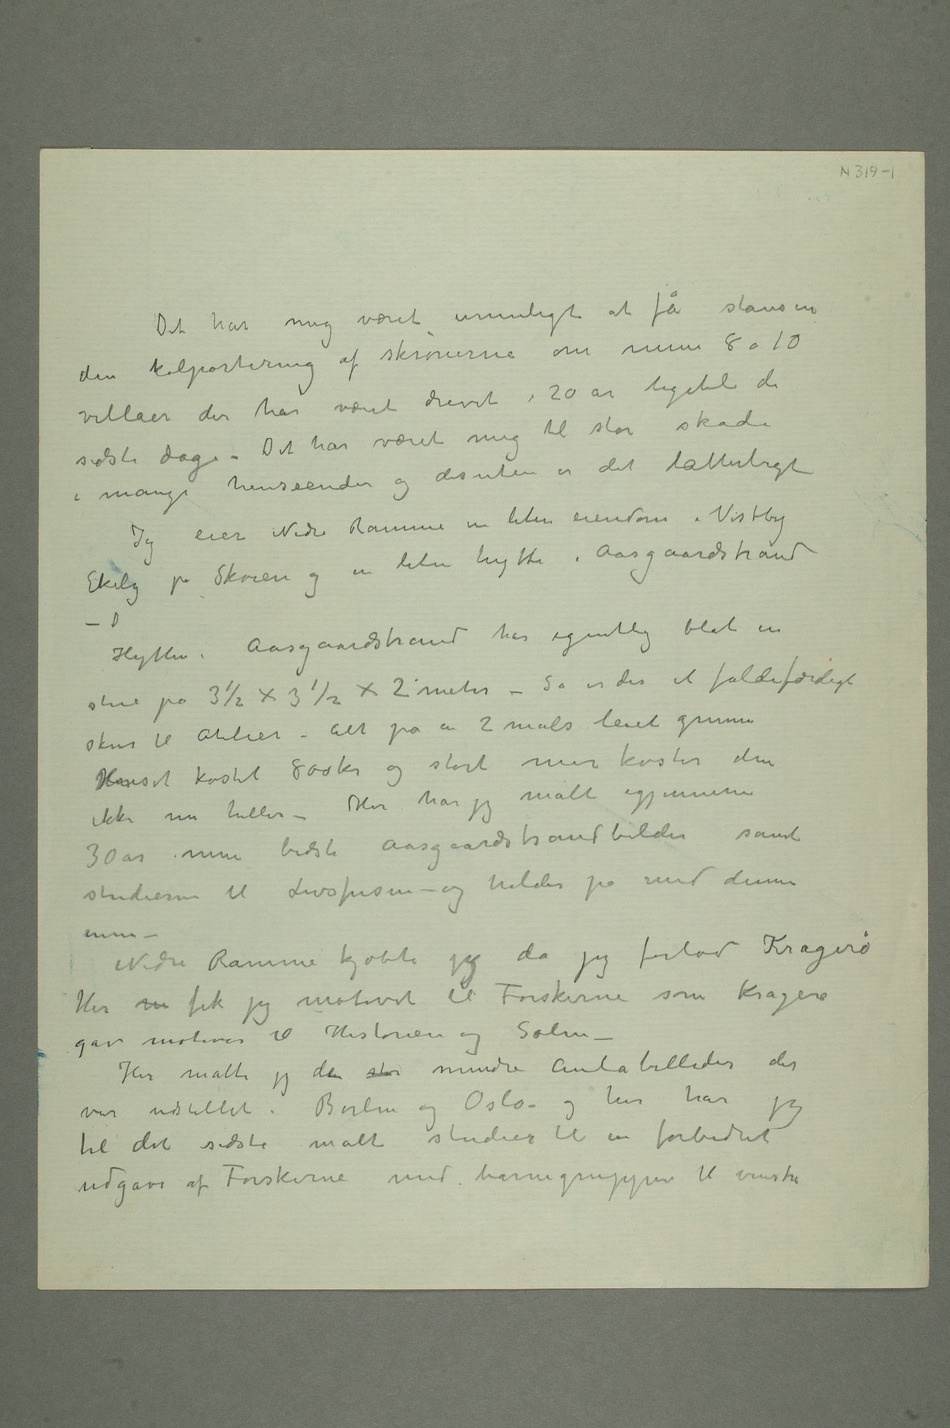
Det har mig været umuligt at få stansen
den kolportering af skrønerne om mine 8 a 10
villaer der har været drevet i 20 år ligetil de
sidste dage – Det har været mig til
Jeg eier Nedre Ramme en liten eiendom i Vestby
liten hytte i Aasgaardstrand –
D Hytten i Aasgaardstrand har egentlig blot en
stue på 3½ × 3½ × 2 meter – Så er det et faldefærdigt
skur til atelier – alt på en 2 måls leiet grunn
Huset kostet 800 kr og stort mer koster den
ikke nu heller – Her har jeg malt igjennem
30 år mine bedste Aasgaardstrandbilder samt
studiene til Livsfrisen – og holder på med denne
– Nedre Ramme kjøbte jeg da jeg forlod Kragerø
Her m fik jeg motivet til Forskerne som Kragerø
gav motiver til Historien og Solen –
Her malte jeg den stor mindre Aulabilleder der
var udstillet i Berlin og Oslo og her har jeg
til det sidste malt studier til en forbedret
udgave av Forskerne med barnegruppen til venstre